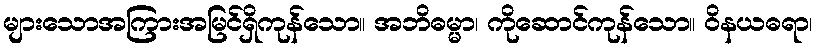
များသောအကြားအမြင်ရှိကုန်သော။ အဘိဓမ္မာ၊ ကိုဆောင်ကုန်သော။ ဝိနယဓရာ၊